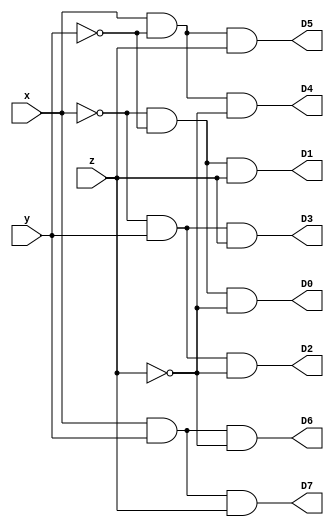
module decoder3x8(x,y,z,D0,D1,D2,D3,D4,D5,D6,D7);
input  x,y,z;
output D0,D1,D2,D3,D4,D5,D6,D7;

assign D0 = (~x)&(~y)&(~z);
assign D1 = (~x)&(~y)&(z);
assign D2 = (~x)&(y)&(~z);
assign D3 = (~x)&(y)&(z);
assign D4 = (x)&(~y)&(~z);
assign D5 = (x)&(~y)&(z);
assign D6 = (x)&(y)&(~z);
assign D7 = (x)&(y)&(z);

endmodule